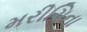
મરીચિના